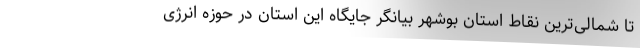
تا شمالی‌ترین نقاط استان بوشهر بیانگر جایگاه این استان در حوزه انرژی